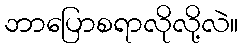
ဘာပြောစရာလိုလို့လဲ။